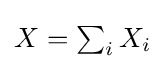
\textstyle X=\sum _{i}X_{i}